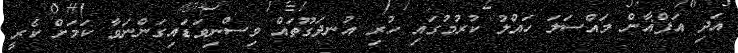
އަދި އަފްޣާން މައްސަލަ ހައްލު ކުރުމުގައި ހުރި އުނދަގޫތައް ވިސްނިވަޑައިގަންނަވާ ކަމަށް ކެރީ